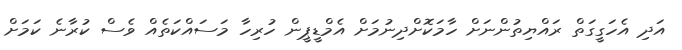
އަދި އެހަގީގަތް ރައްޔިތުންނަށް ހާމަކޮށްދިނުމަށް އެމްޑީޕީން ހުރިހާ މަސައްކަތެއް ވެސް ކުރާނެ ކަމަށް